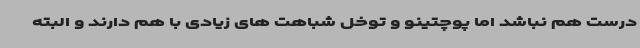
درست هم نباشد اما پوچتینو و توخل شباهت های زیادی با هم دارند و البته